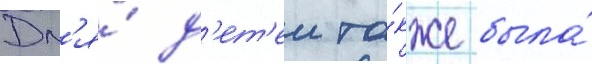
Дл'я́ д'ет'еи та́кже была́